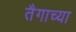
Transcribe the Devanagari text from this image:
तैगाच्या